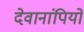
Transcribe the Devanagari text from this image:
देवानांपियो